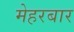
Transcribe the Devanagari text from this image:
मेहरबार